Annual report on the Civil Veterinary Department, Burma (including the Insein Veterinary School) - 1932-1941
Year: 1932
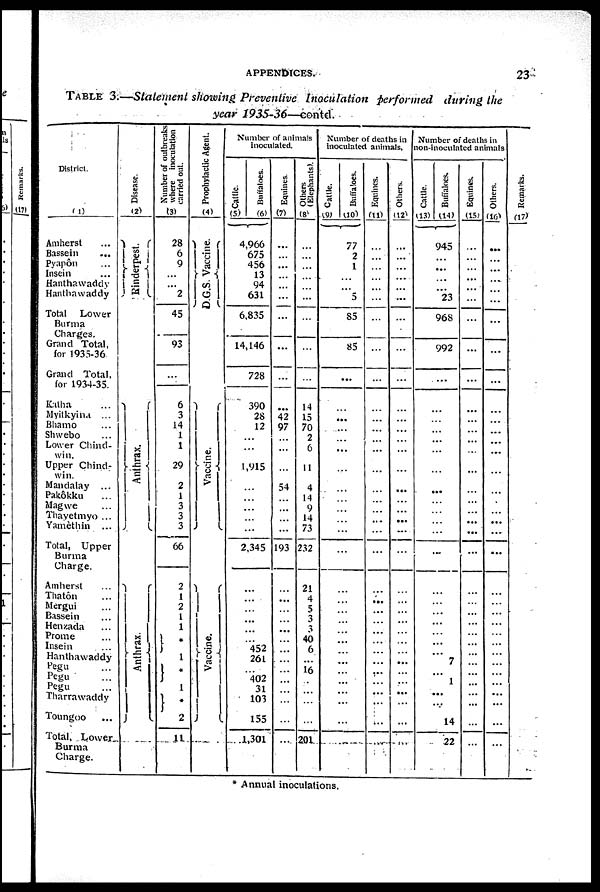
APPENDICES.
23
TABLE
3.—Statement showing Preventive
Inoculation
performed
during
the
year
1935-36—contd.
District.
(1)
Amherst ...
Bassein
...
Pyapôn ...
Insein ...
Hanthawaddy
Hanthawaddy
Total Lower
Burma
Charges.
Grand Total,
for 1935-36
Grand Total,
for 1934-35.
Katha ...
Myitkyina ...
Bhamo ...
Shwebo ...
Lower Chind-
win.
Upper Chind-
win.
Mandalay ...
Pakôkku ...
Magwe ...
Thayetmyo ...
Yamèthin ...
Total, Upper
Burma
Charge.
Amherst ...
Thatôn ...
Mergui ...
Bassein ...
Henzada ...
Prome ...
Insein ...
Hanthawaddy
Pegu ...
Pegu ...
Pegu ...
Tharrawaddy
Toungoo ...
Total, Lower
Burma
Charge.
Disease.
(2)
Rinderpest.
Anthrax.
Anthrax.
Number of outbreaks
where inoculation
carried out.
(3)
28
6
9
...
...
2
45
93
...
6
3
14
1
1
29
2
1
3
3
3
66
2
1
2
1
1
1
1
*
1
*
2
11
Prophylactic Agent.
(4)
D.G.S. Vaccine.
Vaccine.
Vaccine.
Number of animals
Inoculated.
Cattle.
(5)
Buffaloes.
(6)
4,966
675
456
13
94
631
6,835
14,146
728
390
28
12
...
...
1,915
...
...
...
...
...
2,345
...
...
...
...
...
...
452
261
...
402
31
103
155
1,301
Equines.
(7)
...
...
...
...
...
...
...
...
...
...
42
97
...
...
54
...
...
...
...
193
...
...
...
...
...
...
...
...
...
...
...
...
...
...
Others
(Elephants).
(8)
...
...
...
...
...
...
...
...
...
14
15
70
2
6
11
4
14
9
14
73
232
21
4
5
3
3
40
6
...
16
...
...
...
...
201
Number of deaths in
Inoculated animals.
Cattle.
(9)
Buffaloes.
(10)
77
2
1
...
...
5
85
85
...
...
...
...
...
...
...
...
...
...
...
...
...
...
...
...
...
...
...
...
...
...
...
...
...
...
Equines.
(11)
...
...
...
...
...
...
...
...
...
...
...
...
...
...
...
...
...
...
...
...
...
...
...
...
...
...
...
...
...
...
...
...
...
...
Others.
(12)
...
...
...
...
...
...
...
...
...
...
...
...
...
...
...
...
...
...
...
...
...
...
...
...
...
...
...
...
...
...
...
...
...
Number of deaths in
on-inoculated animals
Cattle.
(13)
Buffaloes.
(14)
945
...
...
...
...
23
968
992
...
...
...
...
...
...
...
...
...
...
...
...
...
...
...
...
...
...
...
...
7
...
1
...
...
14
22
Equines.
(15)
...
...
...
...
...
...
...
...
...
...
...
...
...
...
...
...
...
...
...
...
...
...
...
...
...
...
...
...
...
...
...
...
...
...
...
Others.
(16)
...
...
...
...
...
...
...
...
...
...
...
...
...
...
...
...
...
...
...
...
...
...
...
...
...
...
...
...
...
...
...
...
...
...
...
Remarks.
(17)
* Annual inoculations.